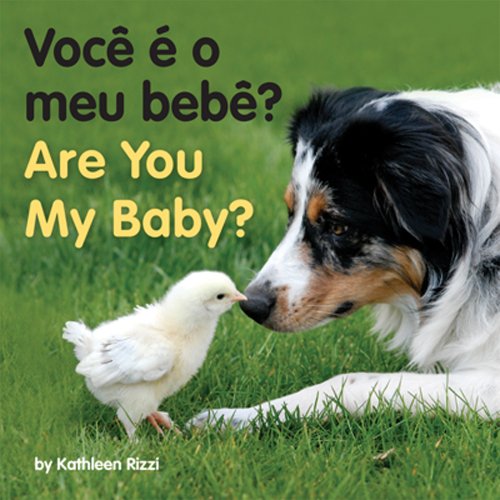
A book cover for Are You My Baby? (Port/Eng) (Portuguese Edition); Kathleen Rizzi; Children's Books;